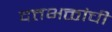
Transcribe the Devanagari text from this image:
दत्तभक्तांची